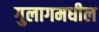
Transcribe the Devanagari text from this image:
गुलागमधील